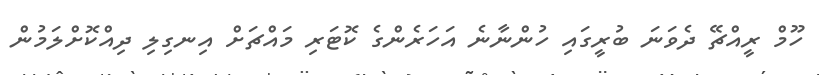
ހޫމް ރީއްޗޭ ދެވަނަ ބުރީގައި ހުންނާނެ އަހަރެންގެ ކޮޓަރި މައްޗަށް އިނގިލި ދިއްކޮށްލަމުން